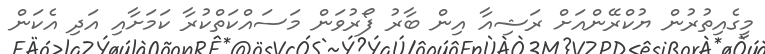
މީގެއިތުރުން ޔުކްރޭންއަށް ރަޝިއާ އިން ބާރު ފޯރުވަން މަސައްކަތްކުރާ ކަމަށާއި އަދި އެކަން